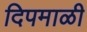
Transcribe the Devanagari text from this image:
दिपमाळी